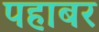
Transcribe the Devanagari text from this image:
पहाबर